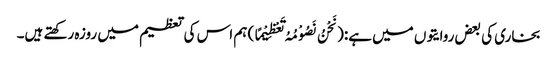
بخاری کی بعض روایتوں میں ہے:(نَحْنُ نَصُوْمُہُ تَعْظِیْمًا) ہم اس کی تعظیم میں روزہ رکھتے ہیں۔